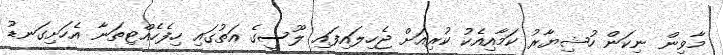
މާވިން ނިކަން ހުޝިޔާރު ކަމާއިއެކު ކުރިއަށް ޖެހިލައިފައި ލޫސީގެ އަތުގައި ހިފެހެއްޓިތަނާ އެހަށިގަނޑު